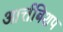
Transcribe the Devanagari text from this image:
आर्त्तबिशप